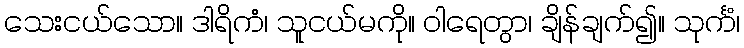
သေးငယ်သော။ ဒါရိကံ၊ သူငယ်မကို။ ဝါရေတွာ၊ ချိန်ချက်၍။ သုင်္ကံ၊